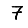
Digit: 7